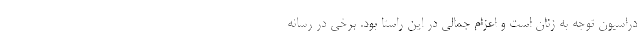
دراسیون توجه به زنان است و اعزام جمالی در این راستا بود. برخی در رسانه